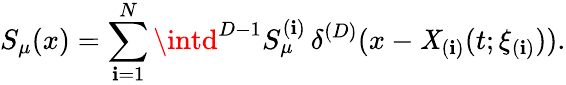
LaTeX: S_{\mu}(x)=\sum_{\mathbf{i}=1}^{N}\intd^{D-1}S_{\mu}^{(\mathbf{i})}\, \delta^{(D)}(x-\mathit{X}_{(\mathbf{i})}(t;\xi_{(\mathbf{i})})).